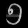
Digit: ၅